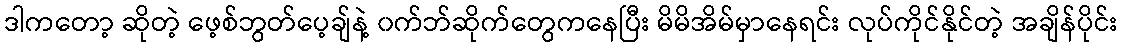
ဒါကတော့ ဆိုတဲ့ ဖေ့စ်ဘွတ်ပေ့ချ်နဲ့ ၀က်ဘ်ဆိုက်တွေကနေပြီး မိမိအိမ်မှာနေရင်း လုပ်ကိုင်နိုင်တဲ့ အချိန်ပိုင်း